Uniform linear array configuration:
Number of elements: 48
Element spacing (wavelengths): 0.25
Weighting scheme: cosine
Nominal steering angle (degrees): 60
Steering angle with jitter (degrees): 61.592
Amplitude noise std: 0.05
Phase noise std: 0.05

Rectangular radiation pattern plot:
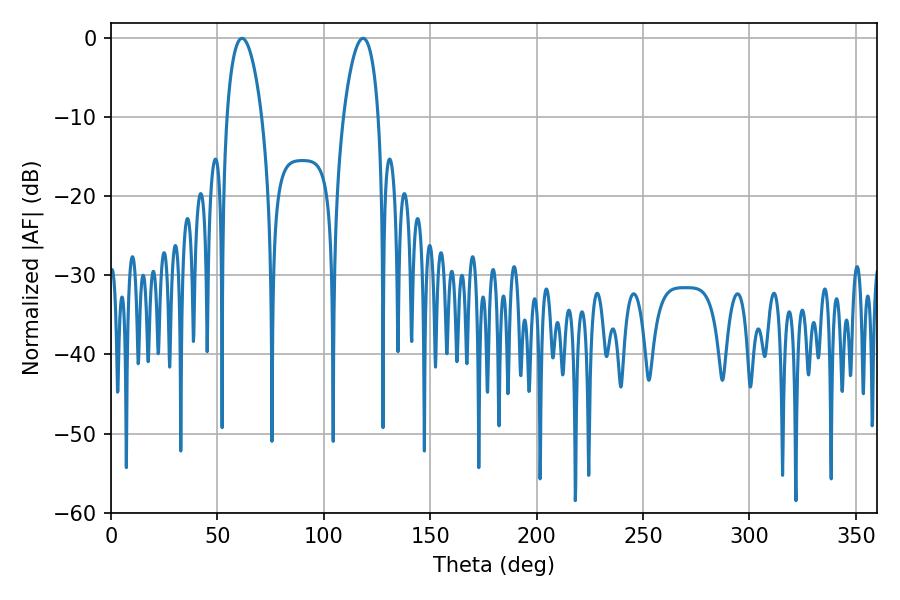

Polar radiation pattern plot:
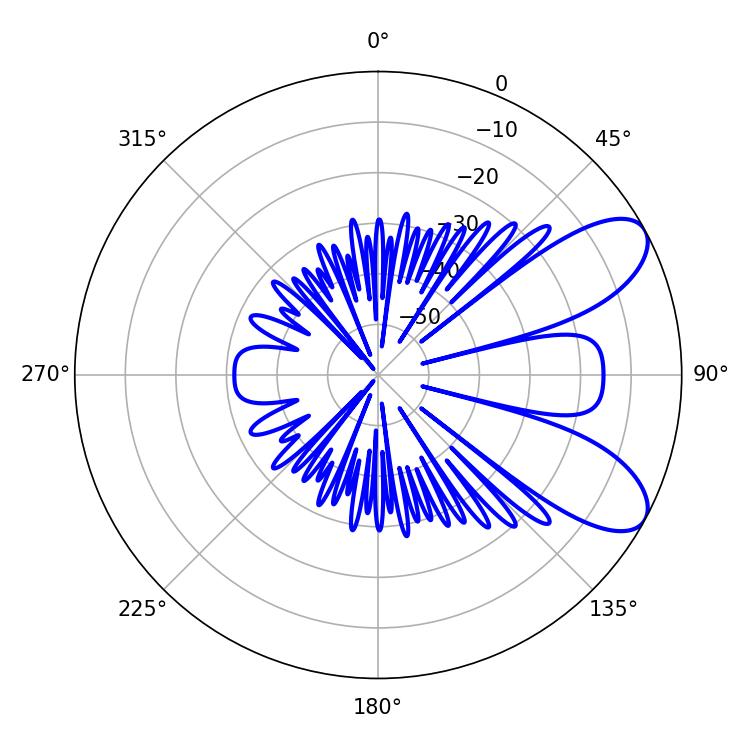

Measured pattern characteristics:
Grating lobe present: FALSE
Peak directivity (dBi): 8.04
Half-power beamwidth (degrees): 9.36
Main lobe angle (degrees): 61.56